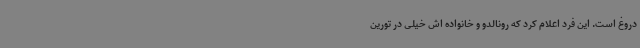
دروغ است. این فرد اعلام کرد که رونالدو و خانواده اش خیلی در تورین